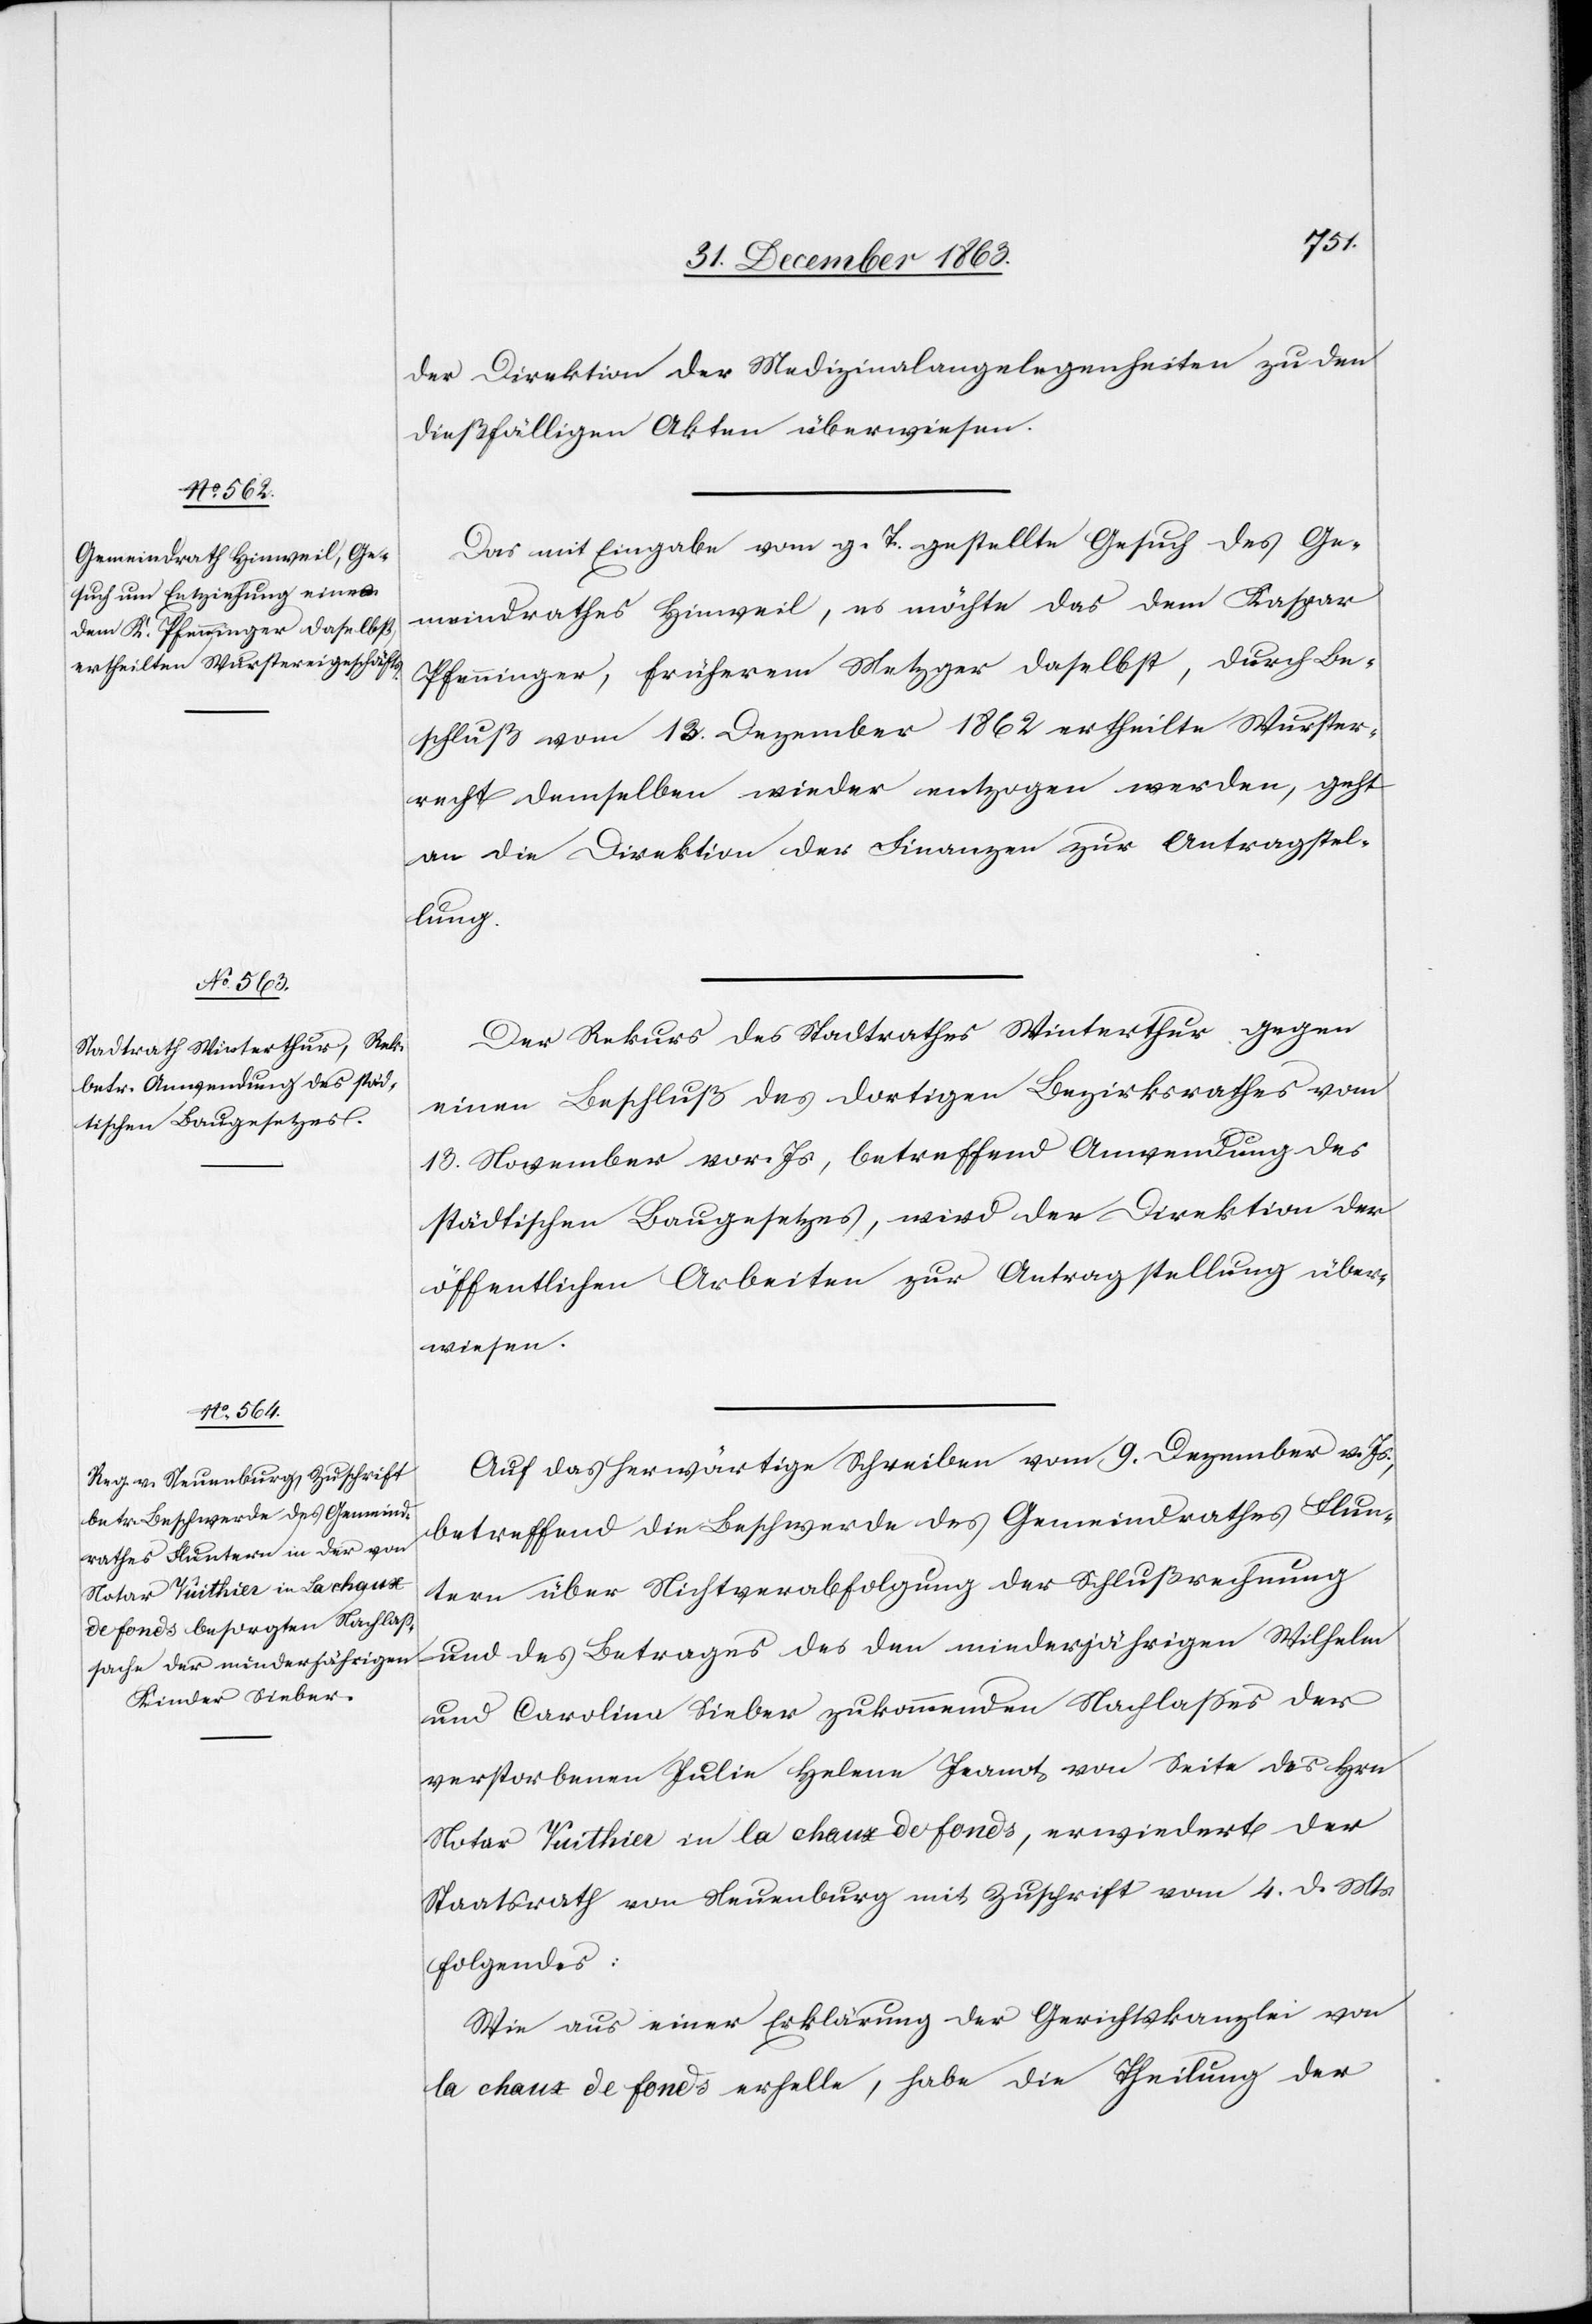
der Direktion der Medizinalangelegenheiten zu den
dießfälligen Akten überwiesen.
Das mit Eingabe vom g. T. gestellte Gesuch des Ge¬
meindrathes Hinweil, es möchte das dem Kaspar
Pfenninger, früherem Metzger daselbst, durch Be¬
schluß vom 13. Dezember 1862 ertheilte Wurster¬
recht demselben wieder entzogen werden, geht
an die Direktion der Finanzen zur Antragstel¬
lung.
Der Rekurs des Stadtrathes Winterthur gegen
einen Beschluß des dortigen Bezirksrathes vom
13. November vor. Js, betreffend Anwendung des
städtischen Baugesetzes, wird der Direktion der
öffentlichen Arbeiten zur Antragstellung über¬
wiesen.
Auf das herwärtige Schreiben vom 9. Dezember v. Js.,
betreffend die Beschwerde des Gemeindrathes Flun¬
tern über Nichtverabfolgung der Schlußrechnung
und des Betrages des den minderjährigen Wilhelm
und Carolina Sieber zukommenden Nachlasses der
verstorbenen Julie Helene Jeanot von Seite des Hrn
Notar Vuithier in la chaux de fonds, erwiedert der
Staatsrath von Neuenburg mit Zuschrift vom 4. d. Mts.
folgendes:
Wie aus einer Erklärung der Gerichtskanzlei von
la chaux de fonds erhelle, habe die Theilung der